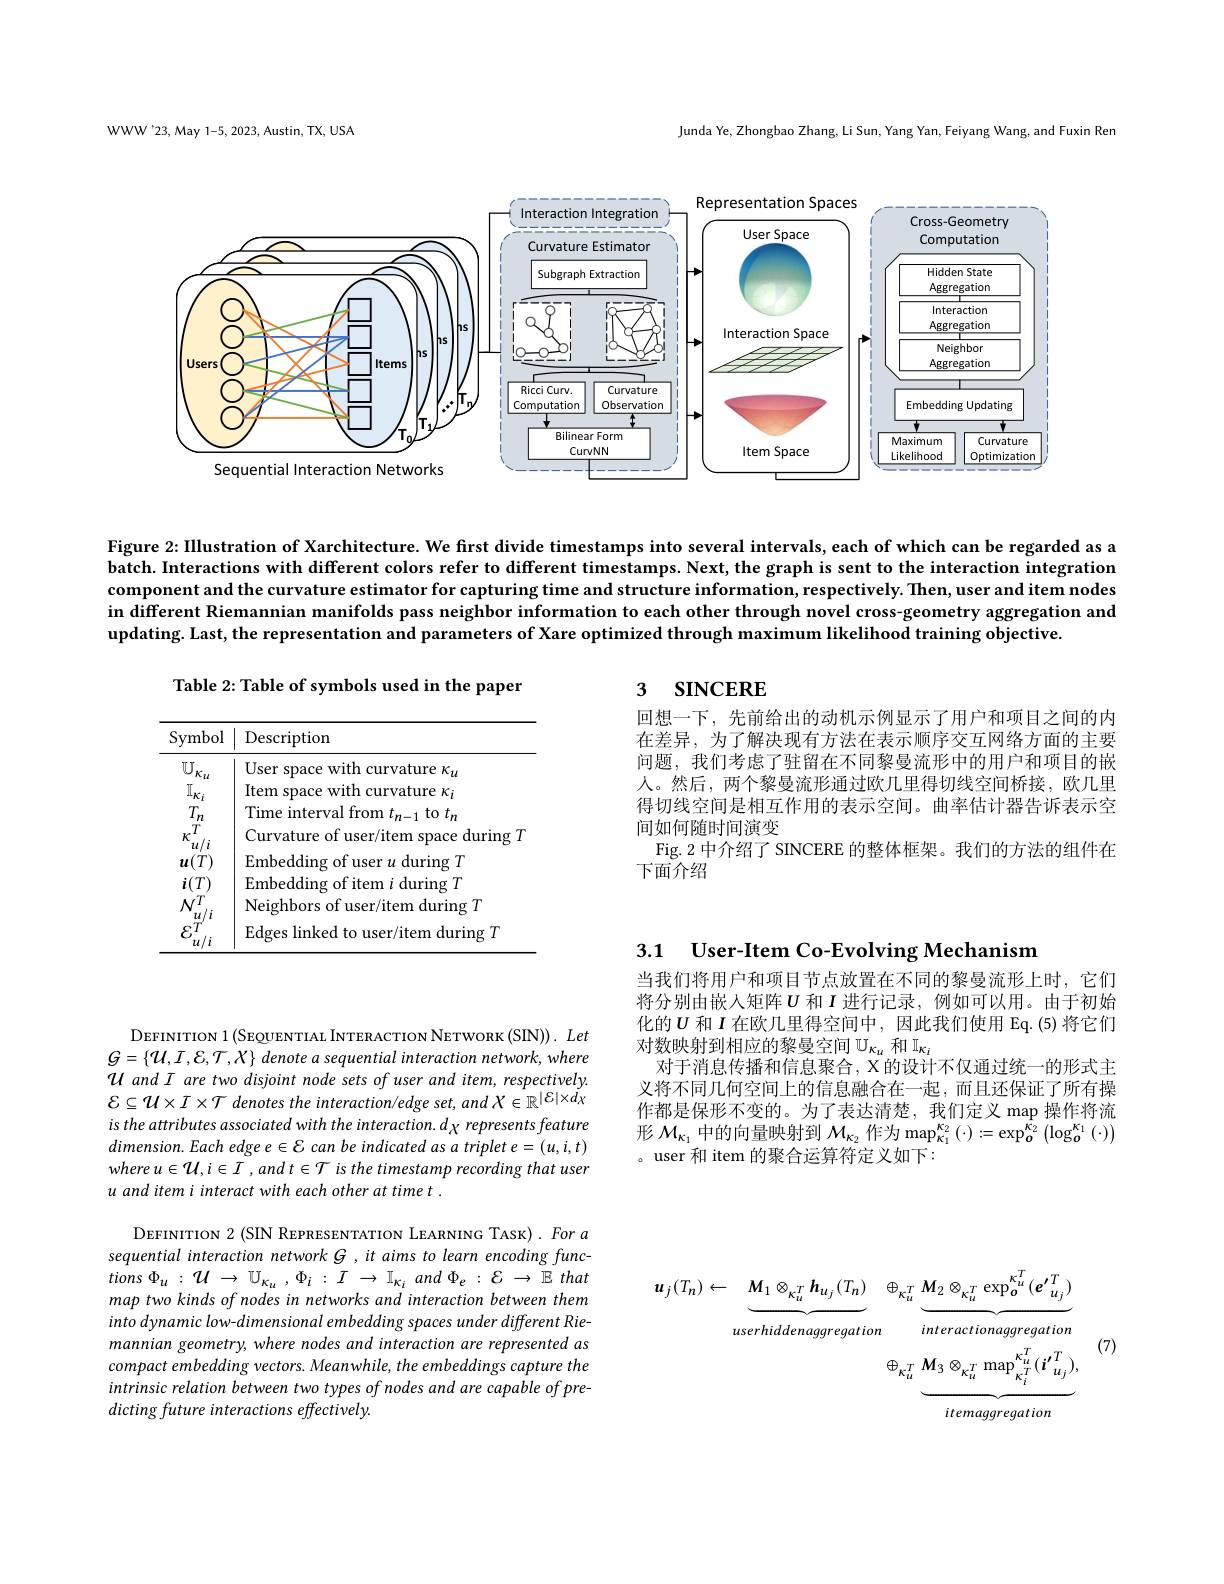
Junda Ye, Zhongbao Zhang, Li Sun, Yang Yan, Feiyang Wang, and Fuxin Ren

WWW'23, May 1-5, 2023, Austin, TX, USA

<FigureHere>

Figure 2: IIlustration of Xarchitecture. We first divide timestamps into several intervals, each of which can be regarded as a batch. Interactions with different colors refer to different timestamps. Next, the graph is sent to the interaction integration component and the curvature estimator for capturing time and structure information, respectively. Then, user and item nodes in different Riemannian manifolds pass neighbor information to each other through novel cross-geometry aggregation and updating. Last, the representation and parameters of Xare optimized through maximum likelihood training objective.

Table 2: Table of symbols used in the paper

## 3 $\textbf{SINCERE}$

回想一下，先前给出的动机示例显示了用户和项目之间的内在差异，为了解决现有方法在表示顺序交互网络方面的主要问题，我们考虑了驻留在不同黎曼流形中的用户和项目的嵌人。然后，两个黎曼流形通过欧几里得切线空间桥接，欧几里得切线空间是相互作用的表示空间。曲率估计器告诉表示空间如何随时间演变
Fig. 2 中介绍了 SINCERE 的整体框架。我们的方法的组件在
下面介绍

<table>
	<tbody>
		<tr>
			<th>Symbol</th>
			<th>Description</th>
		</tr>
		<tr>
			<td>$\mathbb{U}_{i}$ $\kappa_{u}$ $[I_{\kappa}]_{T}$ $T_{\underline{n}}$</td>
			<td>User space with curvature $\kappa_u$ Item space with curvature $\kappa_i$ Time interval from $t_{n-1}$ to $t_n$</td>
		</tr>
	</tbody>
</table>

3.1 User-Item Co-Evolving Mechanism

当我们将用户和项目节点放置在不同的黎曼流形上时，它们将分别由嵌人矩阵$U$和$I$进行记录，例如可以用。由于初始化的$U$和$I$在欧几里得空间中，因此我们使用 Eq.(5)将它们对数映射到相应的黎曼空间$\mathcal{U}_\kappa_u$和$\mathbb{I}_\kappa_i$
对于消息传播和信息聚合，X 的设计不仅通过统一的形式主义将不同几何空间上的信息融合在一起，而且还保证了所有操作都是保形不变的。为了表达清楚，我们定义 map 操作将流形$\mathcal{M}_{\kappa_1}$中的向量映射到$\mathcal{M}_\kappa_2$作为$\operatorname*{map}_\kappa_1^{\kappa_2}\left(\cdot\right):=\exp_o^{\dot{\kappa}_2}\left(\log_o^{\kappa_1}\left(\cdot\right)\right)$ 。user 和 item 的聚合运算符定义如下：

DEFINITION 1 (SEQUENTIAL INTERACTION NETWORK (SIN)). Let $G=\{{\mathcal U},{\mathcal I},{\mathcal E},{\mathcal T},{\mathcal X}\}$ denote a sequential interaction network, where U and I are two disjoint node sets of user and item, respectively. $\mathcal{E}\subseteq\mathcal{U}\times I\times\mathcal{T}$ denotes the interaction/edge set, and $X\in\mathbb{R}^{|\mathcal{E}|\times d\chi}$ is the attributes associated with the interaction. d $\chi$ represents feature $dimension.Each$ edge e E can be indicated as a triplet e = (u, i, t) where u $\in\mathcal{U},i\in I$ , and t $\in\mathcal{T}$ is the timestamp recording that user u and item i interact with each other at time t .

DEFINITION 2 (SIN REPRESENTATION LEARNING TASK) . For $a$ sequential interaction network G ,it aims to learn encoding func- $tions\Phi _{u}: \mathcal{U} \to \mathcal{U} _{\kappa _{u}}, \Phi _{i}: \tilde{I} \to \mathbb{I} _{\kappa _{i}}$ $and\Phi _{e}: {\mathcal{E} }\to \mathbb{E}$ that map two kinds of nodes in networks and interaction between them into dynamic low- dimens ional embedding spaces under different Riemannian geometry, where nodes and interaction are represented as compact embedding vectors. Meanwhile, the embeddings capture the intrinsic relation between two types of nodes and are capable of predicting future interactions effectively.
$$\begin{aligned}\boldsymbol{u}_{j}(T_{n})\leftarrow\underbrace{\boldsymbol{M}_{1}\otimes_{\kappa_{u}^{T}}\boldsymbol{h}_{u_{j}}(T_{n})}_{userhiddenaggregation}\oplus_{\kappa_{u}^{T}}\underbrace{\boldsymbol{M}_{2}\otimes_{\kappa_{u}^{T}}\exp_{\boldsymbol{o}}^{\kappa_{u}^{T}}(\boldsymbol{e}_{u_{j}}^{\prime})}_{interactionaggregation}\\\oplus_{\kappa_{u}^{T}}\underbrace{\boldsymbol{M}_{3}\otimes_{\kappa_{u}^{T}}\max_{\kappa_{i}^{T}}^{\kappa_{u}^{T}}(\boldsymbol{i}_{u_{j}}^{\prime})}_{itemaqqreqation},\end{aligned}$$
(7)